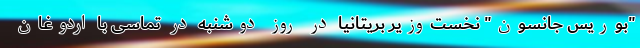
"بوریس جانسون" نخست‌وزیر بریتانیا در روز دوشنبه در تماسی با اردوغان